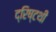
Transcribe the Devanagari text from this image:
द्रिष्टथी